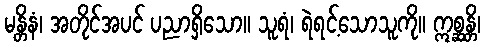
မန္တိနံ၊ အတိုင်အပင် ပညာရှိသော။ သူရံ၊ ရဲရင့်သောသူကို။ ဣစ္ဆန္တိ၊